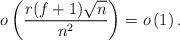
LaTeX: \begin{align*}o\left(\frac{r(f+1)\sqrt{n}}{n^{2}}\right)=o\left(1\right).\end{align*}